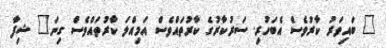
" ބައިވަރު ކާރުވެސް އެބަހުރި. ސަރުކާރުގެ ކާރުތައްވެސް އަމިއްލަ ކާރުތައްވެސް ގިނަ" ޝިފާ